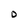
Character: 0